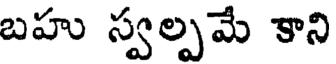
బహు స్వల్పమే కాని